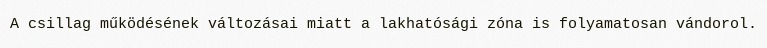
A csillag működésének változásai miatt a lakhatósági zóna is folyamatosan vándorol.